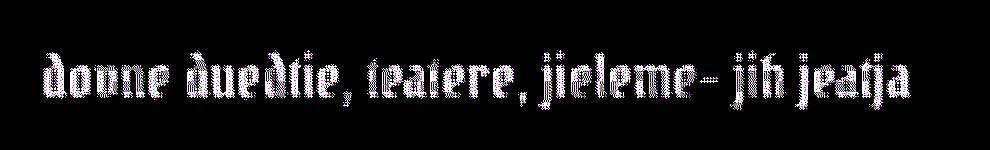
dovne duedtie, teatere, jieleme- jih jeatja